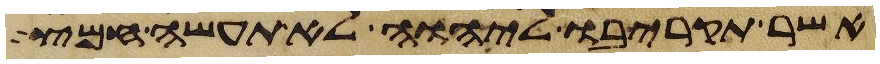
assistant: אשר תקריבו ליהוה לא תעשה חמץ